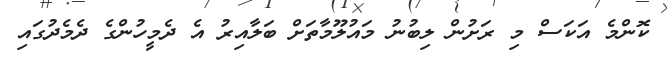
ކޮންމެ އަކަސް މި ރަށުން ލިބުނު މައުލޫމާތަށް ބަލާއިރު އެ ދެމީހުންގެ ދެމެދުގައި